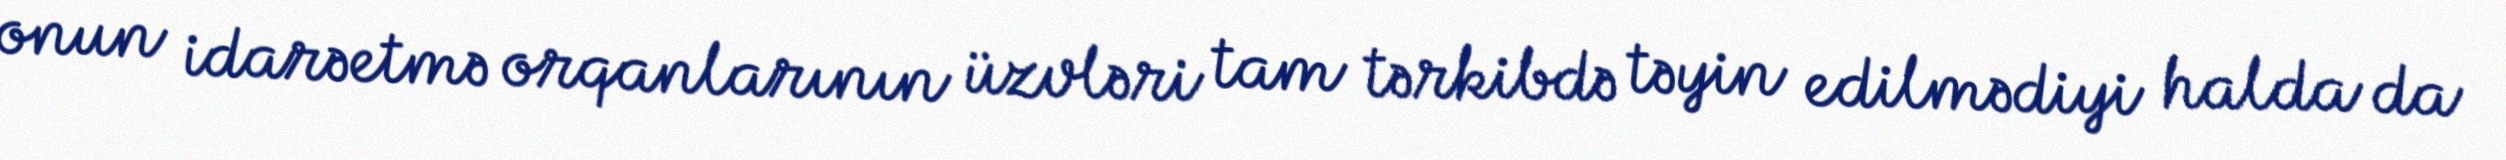
onun idarəetmə orqanlarının üzvləri tam tərkibdə təyin edilmədiyi halda da